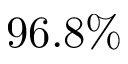
9 6 . 8 \%